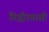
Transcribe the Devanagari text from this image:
गिद्धौरवासी